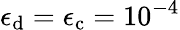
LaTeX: \epsilon_{\mathrm{d}}=\epsilon_{\mathrm{c}}=10^{-4}